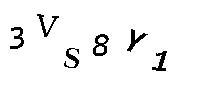
3VS8Y1